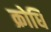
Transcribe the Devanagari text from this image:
क्रोधि